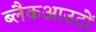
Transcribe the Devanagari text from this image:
ब्लैकआउटों